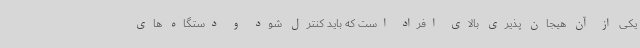
یکی از آن هیجان پذیری بالای افراد است که باید کنترل شود و دستگاه های